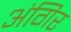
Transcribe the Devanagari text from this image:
अंगिर